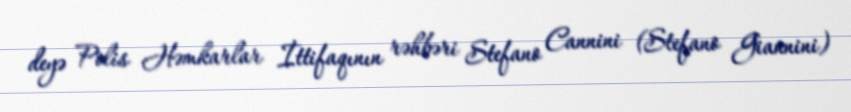
deyə Polis Həmkarlar İttifaqının rəhbəri Stefano Cannini (Stefano Giannini)